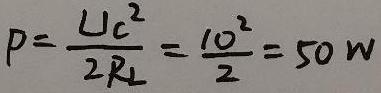
\[ P = \frac{U_{C}^{2}}{2R_{L}} = \frac{10^{2}}{2} = 50 \text{ W} \]